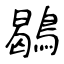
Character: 鶡